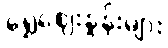
ရွှေဈေးနှုန်းများ